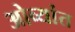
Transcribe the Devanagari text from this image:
ओव्यांत